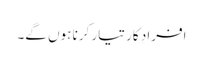
افرادِ کار تیار کرنا ہوں گے۔